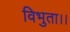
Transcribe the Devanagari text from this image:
विभुता।।